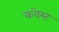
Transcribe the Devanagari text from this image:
कवेस्ट